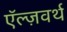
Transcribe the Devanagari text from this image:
ऍल्ज़वर्थ